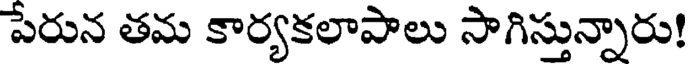
పేరున తమ కార్యకలాపాలు సాగిస్తున్నారు!